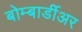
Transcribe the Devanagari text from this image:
बोम्बार्डीअर